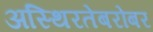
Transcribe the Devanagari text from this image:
अस्थिरतेबरोबर